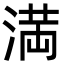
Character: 満